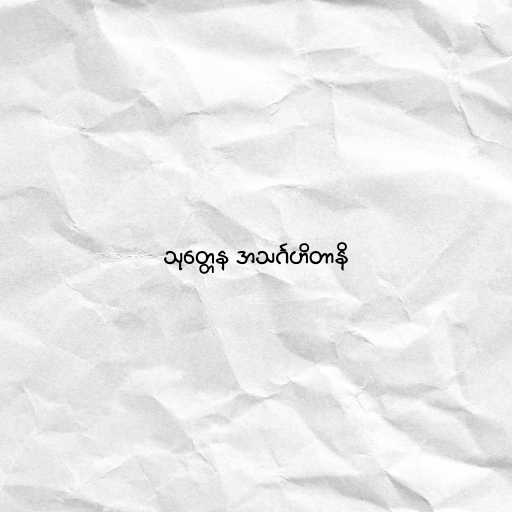
သုတ္တေန အသင်္ဂဟိတာနိ